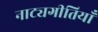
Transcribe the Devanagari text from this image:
नाट्यगीतियाँ